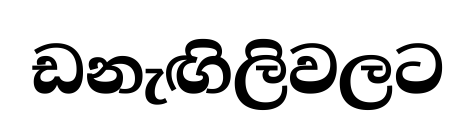
ඩනැඟිලිවලට